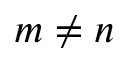
m \not = n